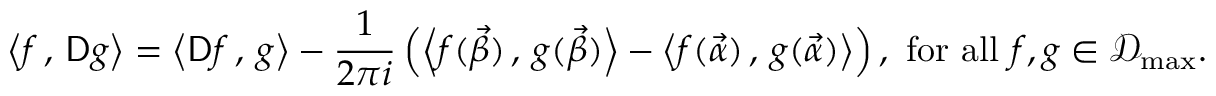
\left\langle f \, , \, \mathsf { D } g \right\rangle = \left\langle \mathsf { D } f \, , \, g \right\rangle - \frac 1 { 2 \pi i } \left( \left\langle f ( \vec { \beta } ) \, , \, g ( \vec { \beta } ) \right\rangle - \left\langle f ( \vec { \alpha } ) \, , \, g ( \vec { \alpha } ) \right\rangle \right) , \mathrm { ~ f o r ~ a l l ~ } f , g \in \mathscr D _ { \operatorname * { m a x } } .